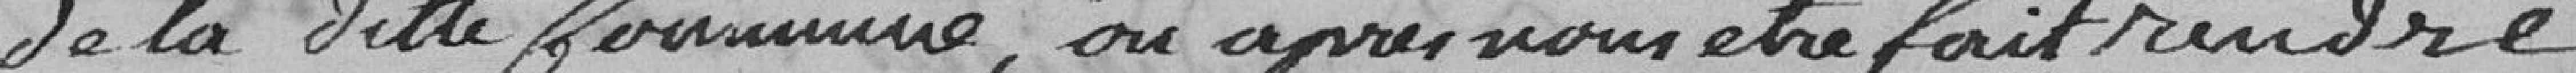
de la ditte Commune, ou après nous etre fait rendre